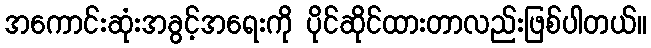
အကောင်းဆုံးအခွင့်အရေးကို ပိုင်ဆိုင်ထားတာလည်းဖြစ်ပါတယ်။